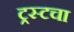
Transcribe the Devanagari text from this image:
ट्रस्टचा